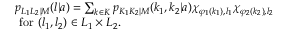
\begin{array} { r l } & { p _ { L _ { 1 } L _ { 2 } | M } ( l | a ) = \sum _ { k \in { \cal K } } p _ { K _ { 1 } K _ { 2 } | M } ( k _ { 1 } , k _ { 2 } | a ) \chi _ { \varphi _ { 1 } ( k _ { 1 } ) , l _ { 1 } } \chi _ { \varphi _ { 2 } ( k _ { 2 } ) , l _ { 2 } } } \\ & { \mathrm { ~ f o r ~ } ( l _ { 1 } , l _ { 2 } ) \in { \cal L } _ { 1 } \times { \cal L } _ { 2 } . } \end{array}